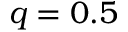
q = 0 . 5